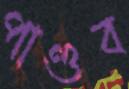
পাণ্ডব